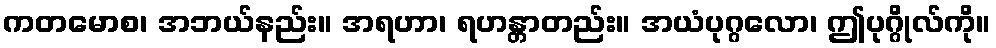
ကတမောစ၊ အဘယ်နည်း။ အရဟာ၊ ရဟန္တာတည်း။ အယံပုဂ္ဂလော၊ ဤပုဂ္ဂိုလ်ကို။